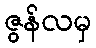
ဇွန်လမှ